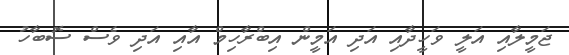
ޖަމީލާއި އަލީ ވަހީދާއި އަދި އަމީން އިބްރާހިމް އާއި އަދި ވެސް ސޮބާހު